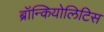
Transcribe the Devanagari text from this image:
ब्रॉन्कियोलिटिस